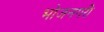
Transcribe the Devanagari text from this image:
भोजनगरी